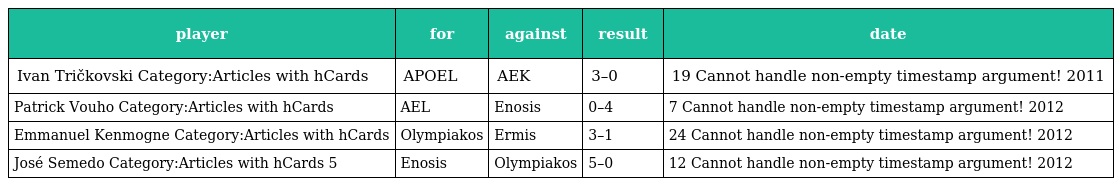
| player | for | against | result | date |
 | --- | --- | --- | --- | --- |
 | Ivan Tričkovski Category:Articles with hCards | APOEL | AEK | 3–0 | 19 Cannot handle non-empty timestamp argument! 2011 |
 | Patrick Vouho Category:Articles with hCards | AEL | Enosis | 0–4 | 7 Cannot handle non-empty timestamp argument! 2012 |
 | Emmanuel Kenmogne Category:Articles with hCards | Olympiakos | Ermis | 3–1 | 24 Cannot handle non-empty timestamp argument! 2012 |
 | José Semedo Category:Articles with hCards 5 | Enosis | Olympiakos | 5–0 | 12 Cannot handle non-empty timestamp argument! 2012 |